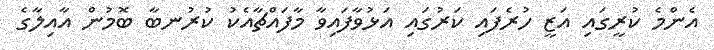
އެންމެ ކުރީގައި އަޒީ ހުރެފައި ކަރުގައި އަޅުވާފައިވާ މާފައްޗާއެކު ކުރުނބާ ބޮމުން އާއިލާގެ